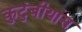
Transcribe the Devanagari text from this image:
कुटुंबीयांस